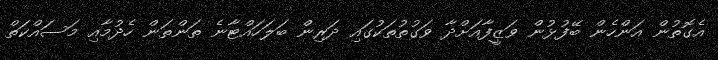
އެގޮތުން އަންހެން ބޭފުޅުން ވަޒީފާއަށްދާ ވަގުތުތަކުގައި ދަރިން ބަލަހައްޓާނެ ތަންތަން ހެދުމާއި މަސައްކަތް